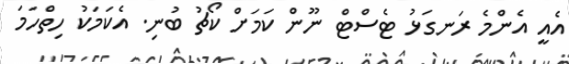
އެއީ އެންމެ ރަނގަޅު ޓެސްޓް ނޫން ކަމަށް ކޯޗު ބުނި. އެކަމަކު ހިތްހަމަ